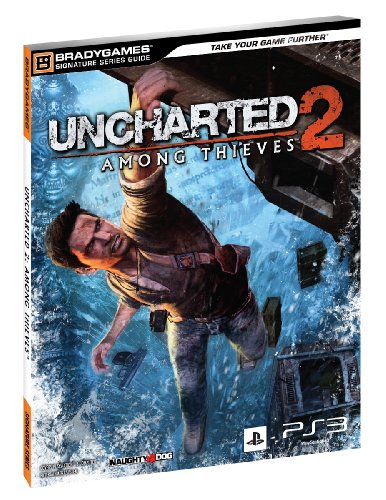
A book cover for Uncharted 2: Among Thieves Signature Series Strategy Guide (Bradygames Signature Guides); Stacy Dale; Computers & Technology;